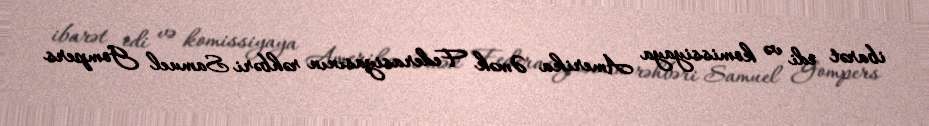
ibarət idi və komissiyaya Amerika Əmək Federasiyasının rəhbəri Samuel Gompers